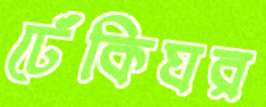
ঢেঁকিঘর